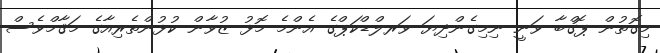
މިގޮތުން ޕޮގްބާ ވަނީ ނިމިގެންދިޔަ ވަރލްޑްކަޕްގެ އެންމެ މޮޅު ޒުވާން ކުޅުންތެރިއާގެ މަޤާމްވެސް